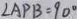
\angle A P B = 9 0 ^ { \circ }